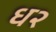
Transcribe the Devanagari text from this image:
ध२